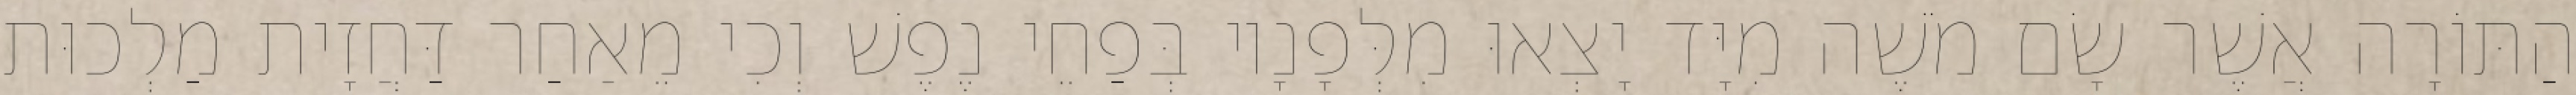
הַתּוֹרָה אֲשֶׁר שָׂם מֹשֶׁה מִיָּד יָצְאוּ מִלְּפָנָיו בְּפַחֵי נֶפֶשׁ וְכִי מֵאַחַר דַּחֲזָית מַלְכוּת